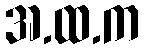
အ.ထ.က